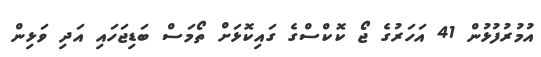
އުމުރުފުޅުން 41 އަހަރުގެ ޖޯ ކޮކްސްގެ ގައިކޮޅަށް ތޯމަސް ބަޑިޖަހައި އަދި ވަޅިން